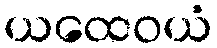
ယထေဝယံ